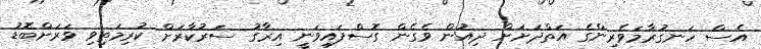
އެސް ހަނގުރާމަވެރިންގެ އަތްދަށަށް ދިއުން ވެގެން ގޮސްފައިވަނީ އިރާގު ސަރުކާރަށް ކުރިމަތިވި ވަރަށްބޮޑު